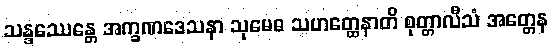
သန္ဒဿေန္တေ အက္ခဏဒေသနာ သုမေဓ သဟတ္ထေနာတိ စုတ္တာလီသံ အတ္တေန